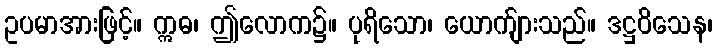
ဥပမာအားဖြင့်။ ဣဓ၊ ဤလောက၌။ ပုရိသော၊ ယောက်ျားသည်။ ဒဋ္ဌဝိသေန၊